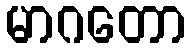
မာဂတော